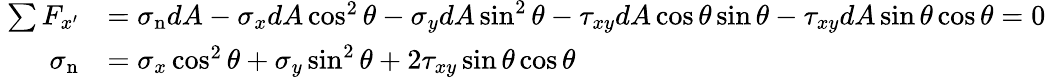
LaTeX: \ {\begin{array}{rl}{\sum F_{x^{\prime}}}&{=\sigma_{\mathrm{n}}dA-\sigma_{x}dA\cos^{2}\theta-\sigma_{y}dA\sin^{2}\theta-\tau_{xy}dA\cos\theta\sin\theta-\tau_{xy}dA\sin\theta\cos\theta=0}\\ {\sigma_{\mathrm{n}}}&{=\sigma_{x}\cos^{2}\theta+\sigma_{y}\sin^{2}\theta+2\tau_{xy}\sin\theta\cos\theta}\end{array}}